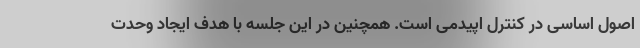
اصول اساسی در کنترل اپیدمی است. همچنین در این جلسه با هدف ایجاد وحدت